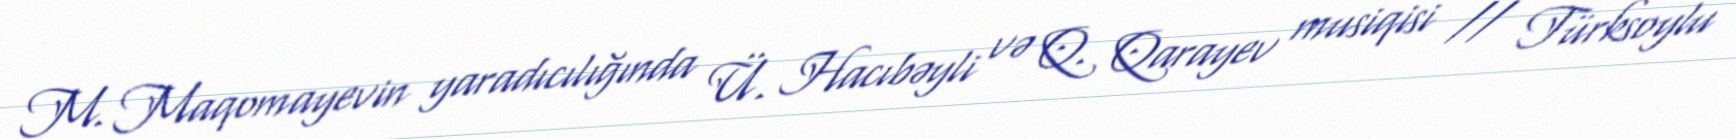
M. Maqomayevin yaradıcılığında Ü. Hacıbəyli və Q. Qarayev musiqisi // Türksoylu